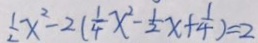
\frac { 1 } { 2 } x ^ { 2 } - 2 ( \frac { 1 } { 4 } x ^ { 2 } - \frac { 1 } { 2 } x + \frac { 1 } { 4 } ) = 2